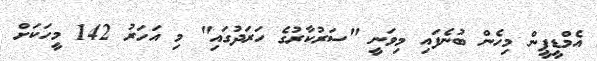
އެމްޑީޕީން މިހެން ބުނެފައި މިވަނީ "ސަރުކާރުގެ ހަރަދުގައި" މި އަހަރު 142 މީހަކަށް